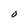
Character: O